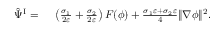
\begin{array} { r l } { \hat { \Psi } ^ { \mathrm { I } } = } & { { } ~ \left( \frac { \sigma _ { 1 } } { 2 \varepsilon } + \frac { \sigma _ { 2 } } { 2 \varepsilon } \right) F ( \phi ) + \frac { \sigma _ { 1 } \varepsilon + \sigma _ { 2 } \varepsilon } { 4 } \| \nabla \phi \| ^ { 2 } . } \end{array}